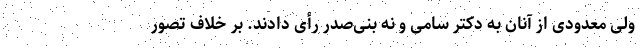
ولی معدودی از آنان به دکتر سامی و نه بنی‌صدر رأی دادند. بر خلاف تصور